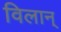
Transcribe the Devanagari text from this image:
विलान्